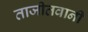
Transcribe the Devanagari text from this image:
ताजीतवानी